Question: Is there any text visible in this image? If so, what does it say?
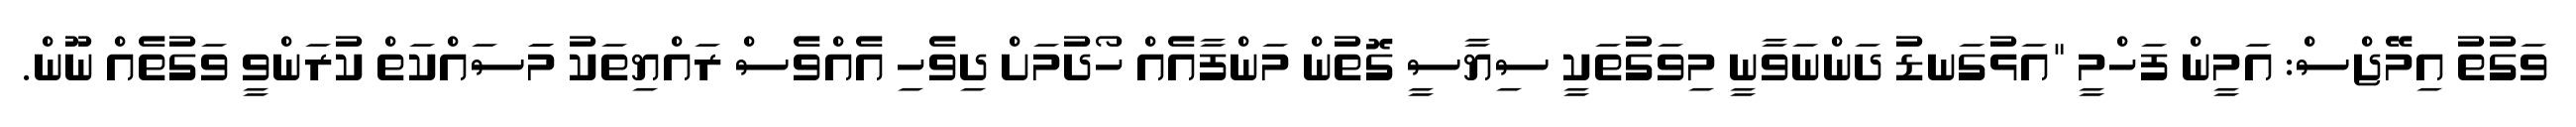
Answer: ވަގުތު އިމޭޖްސް: އަމީން ފަހްމީ "އަޅުގަނޑު ދަންނަވާނީ މިވަގުތަކީ ސިޔާސީ ގޮތުން މަންފާއެއް ހޯދުމަށް ދިވެހި އެއްވެސް ރައްޔިތަކު މަަސައްކަތް ކުރަންވީ ވަގުތެއް ނޫން.